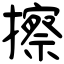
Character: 擦